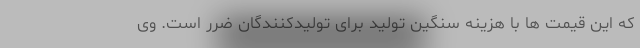
که این قیمت ها با هزینه سنگین تولید برای تولیدکنندگان ضرر است. وی